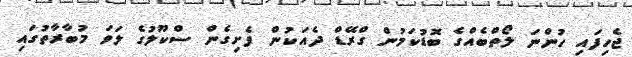
ޖެހިފައި ހުންނަ ލޯތްބެއްގެ ބޮޑުކަމުން ގްރޭޑް ދެއަކުން ފެށިގެން ސްކޫލުގެ ލަވަ މުބާރާތުގައި